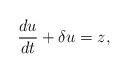
LaTeX: \begin{align*} {\frac {du}{dt}} + \delta u =z, \end{align*}